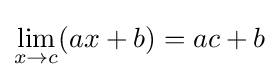
\lim _{x\to c}(ax+b)=ac+b